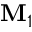
\mathbf { M } _ { 1 }